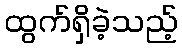
ထွက်ရှိခဲ့သည့်